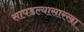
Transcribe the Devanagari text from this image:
सापडल्यासारखा